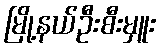
မြို့နယ်ဦးစီးမှူး